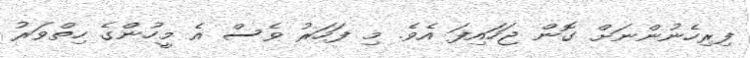
ފިރިހެނުންނަށް ގޮން ޖަހައިފަ އެވެ. މި ފަހަރު ވެސް އެ މީހުންގެ ހިތްވަރު